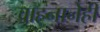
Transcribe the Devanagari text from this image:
वाहनानेही